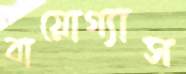
বায়োগ্যাস